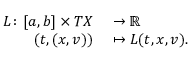
\begin{array} { r l } { L \colon [ a , b ] \times T X } & { { } \to \mathbb { R } } \\ { ( t , ( x , v ) ) } & { { } \mapsto L ( t , x , v ) . } \end{array}